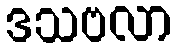
ဒသဗလာ